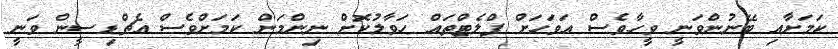
ކަމަށާއި ބޭނުންވަނީ ވީހާވެސް އަވަހަށް ފްލެޓްތައް ހަވާލުކޮށް ނިންމަން ކަމަށްވެސް އެޗްޑިސީން ވަނީ